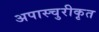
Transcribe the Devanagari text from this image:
अपास्चुरीकृत